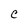
Character: C